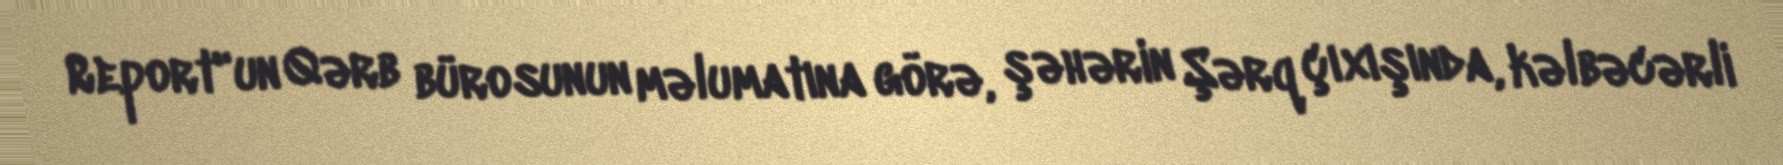
Report"un Qərb bürosunun məlumatına görə, şəhərin Şərq çıxışında, kəlbəcərli